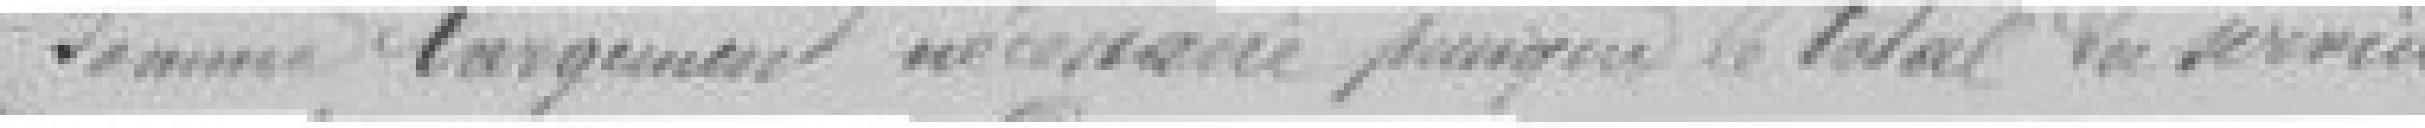
Somme largement nécessaire puisque le total du service